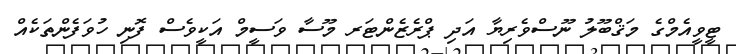
ޓީވީއެމްގެ މަޤްބޫލު ނޫސްވެރިޔާ އަދި ޕްރެޒެންޓަރ މޫސާ ވަސީމް އަކީވެސް ފޮނި ހުވަފެންތަކެއް